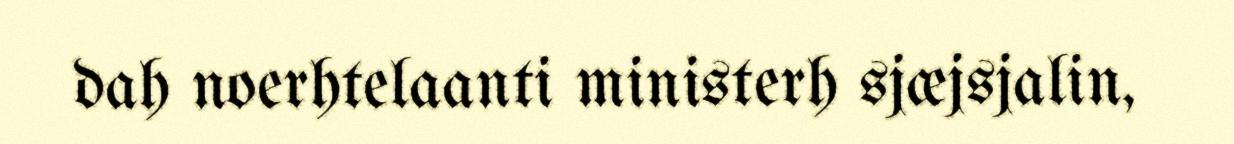
dah noerhtelaanti ministerh sjæjsjalin,